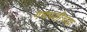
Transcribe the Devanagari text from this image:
गणपतींच्या